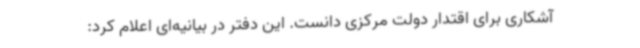
آشکاری برای اقتدار دولت مرکزی دانست. این دفتر در بیانیه‌ای اعلام کرد: